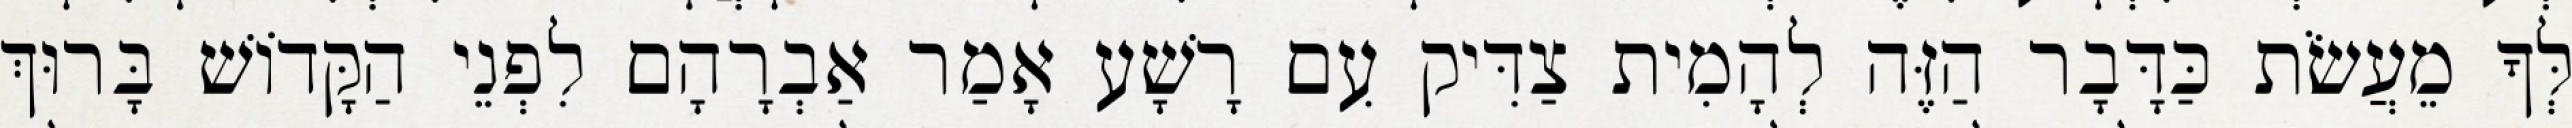
לְּךָ מֵעֲשֹׂת כַּדָּבָר הַזֶּה לְהָמִית צַדִּיק עִם רָשָׁע אָמַר אַבְרָהָם לִפְנֵי הַקָּדוֹשׁ בָּרוּךְ